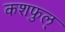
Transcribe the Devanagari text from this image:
कशफुल्